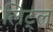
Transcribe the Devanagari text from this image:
लिट्‌ल